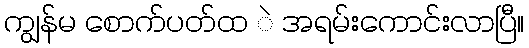
ကျွန်မ စောက်ပတ်ထ ဲ အရမ်းကောင်းလာပြီ။